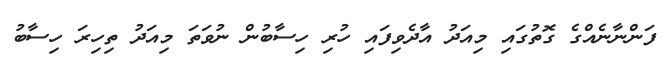
ފަންނާނެއްގެ ގޮތުގައި މިއަދު އާދެވިފައި ހުރި ހިސާބުން ނުވަތަ މިއަދު ތިހިރަ ހިސާބު